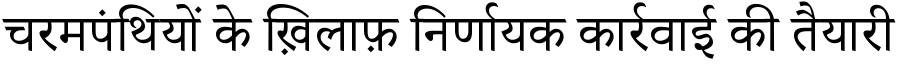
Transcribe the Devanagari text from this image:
चरमपंथियों के ख़िलाफ़ निर्णायक कार्रवाई की तैयारी